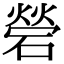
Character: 䃕